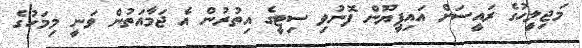
މަޖިލީހުގެ ރައީސަށް އައިޕީޔޫން ފޮނުވި ސިޓީގެ އިތުރުން އެ ޖަމާއަތުން ވަނީ މިމަހުގެ